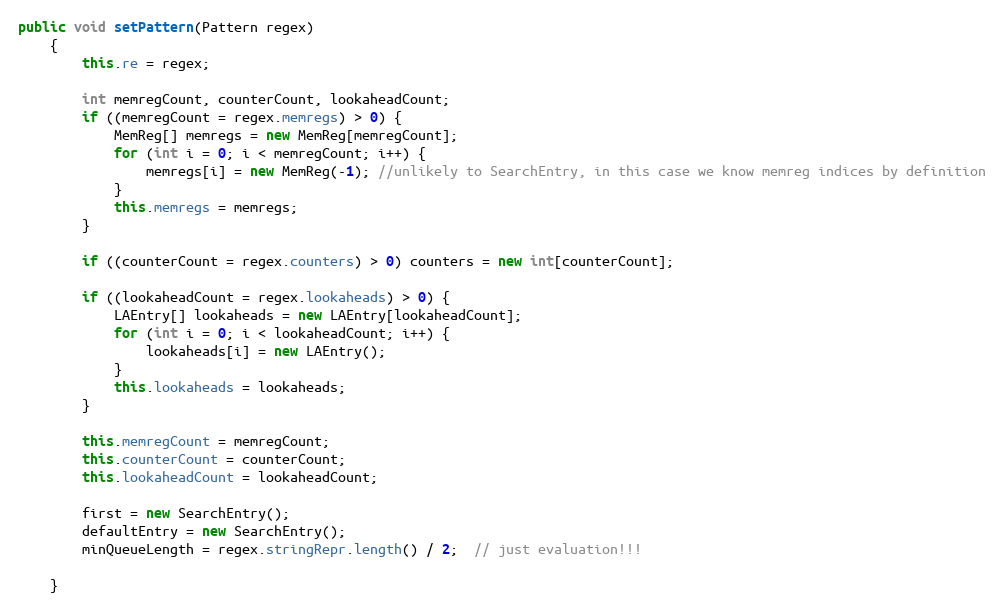
Language: Java
public void setPattern(Pattern regex)
    {
        this.re = regex;

        int memregCount, counterCount, lookaheadCount;
        if ((memregCount = regex.memregs) > 0) {
            MemReg[] memregs = new MemReg[memregCount];
            for (int i = 0; i < memregCount; i++) {
                memregs[i] = new MemReg(-1); //unlikely to SearchEntry, in this case we know memreg indices by definition
            }
            this.memregs = memregs;
        }

        if ((counterCount = regex.counters) > 0) counters = new int[counterCount];

        if ((lookaheadCount = regex.lookaheads) > 0) {
            LAEntry[] lookaheads = new LAEntry[lookaheadCount];
            for (int i = 0; i < lookaheadCount; i++) {
                lookaheads[i] = new LAEntry();
            }
            this.lookaheads = lookaheads;
        }

        this.memregCount = memregCount;
        this.counterCount = counterCount;
        this.lookaheadCount = lookaheadCount;

        first = new SearchEntry();
        defaultEntry = new SearchEntry();
        minQueueLength = regex.stringRepr.length() / 2;  // just evaluation!!!

    }